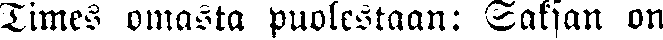
Times omasta puolestaan: Saksan on